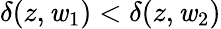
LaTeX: {\delta(z,\mathit{w}_{1})<\delta(z,\mathit{w}_{2})}